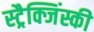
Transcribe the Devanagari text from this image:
स्ट्रैक्जिंस्की